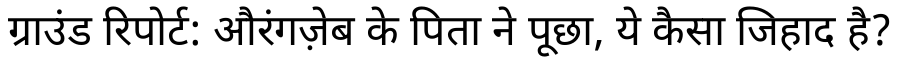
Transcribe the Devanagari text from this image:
ग्राउंड रिपोर्ट: औरंगज़ेब के पिता ने पूछा, ये कैसा जिहाद है?